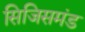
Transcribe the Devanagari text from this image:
सिजिसमंड